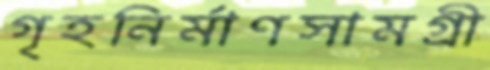
গৃহনির্মাণসামগ্রী